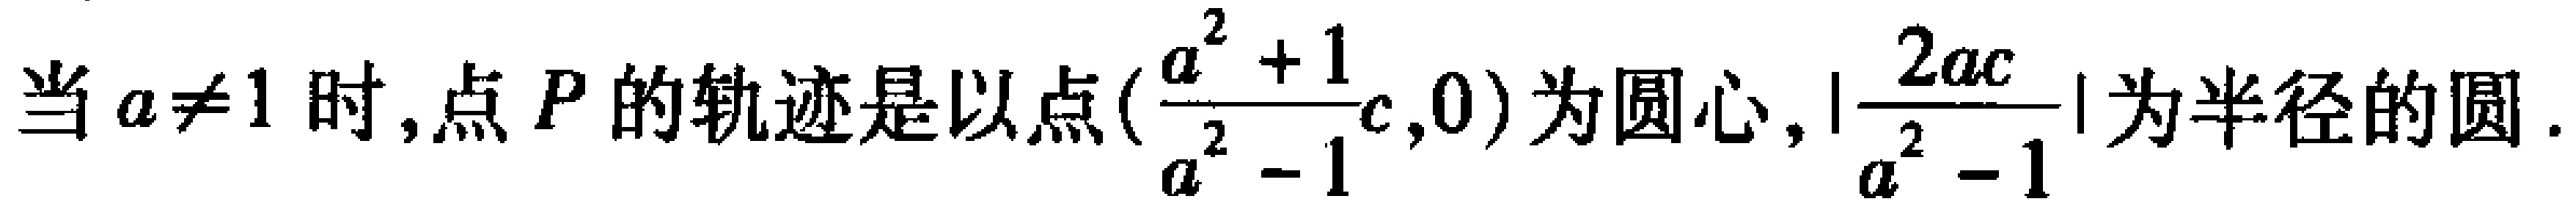
当 \(a\neq1\) 时,点 \(P\) 的轨迹是以点\((\frac{a^{2} + 1}{a^{2} - 1}c,0)\)为圆心,\(|\frac{2ac}{a^{2} - 1}|\)为半径的圆.